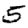
Digit: 5